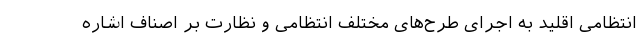
انتظامی اقلید به اجرای طرح‌های مختلف انتظامی و نظارت بر اصناف اشاره